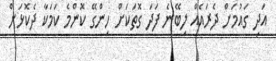
އަދި ގައުމަށް ދެރައެއް ލިބޭނެ ފަދަ ގޮތަކަށް ހިންގޭ ކޮންމެ ކަމަކާ ދެކޮޅަށް